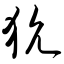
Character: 狁